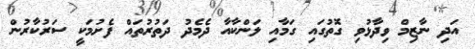
އަދި ނާޒިމް ވިދާޅުވި ގޮތުގައި ގަމާއި ލަންކާއާ ދެމެދު ދަތުރުތައް ފެށުމަކީ ސަރުކާރުން